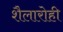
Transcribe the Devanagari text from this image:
शैलारोही